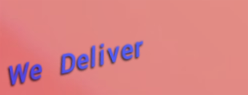
We Deliver